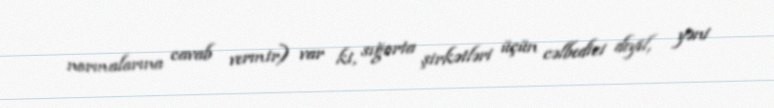
normalarına cavab vermir) var ki, sığorta şirkətləri üçün cəlbedici deyil, yəni